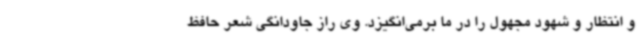
و انتظار و شهود مجهول را در ما برمی‌انگیزد. وی راز جاودانگی شعر حافظ